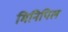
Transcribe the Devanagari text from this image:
मिनिपिल